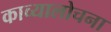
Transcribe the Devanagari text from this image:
काव्यालोचना